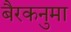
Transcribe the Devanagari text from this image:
बैरकनुमा